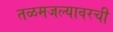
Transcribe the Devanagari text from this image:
तळमजल्यावरची